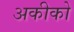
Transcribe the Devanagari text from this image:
अकीको